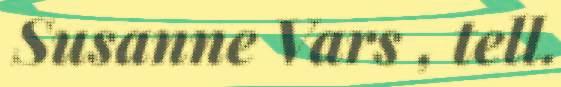
Susanne Vars , tell.